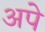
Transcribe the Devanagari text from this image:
अपे